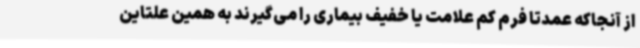
از آنجاکه عمدتا فرم کم علامت یا خفیف بیماری را می‌گیرند به همین علتاین